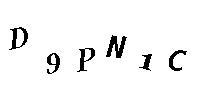
D9PN1C